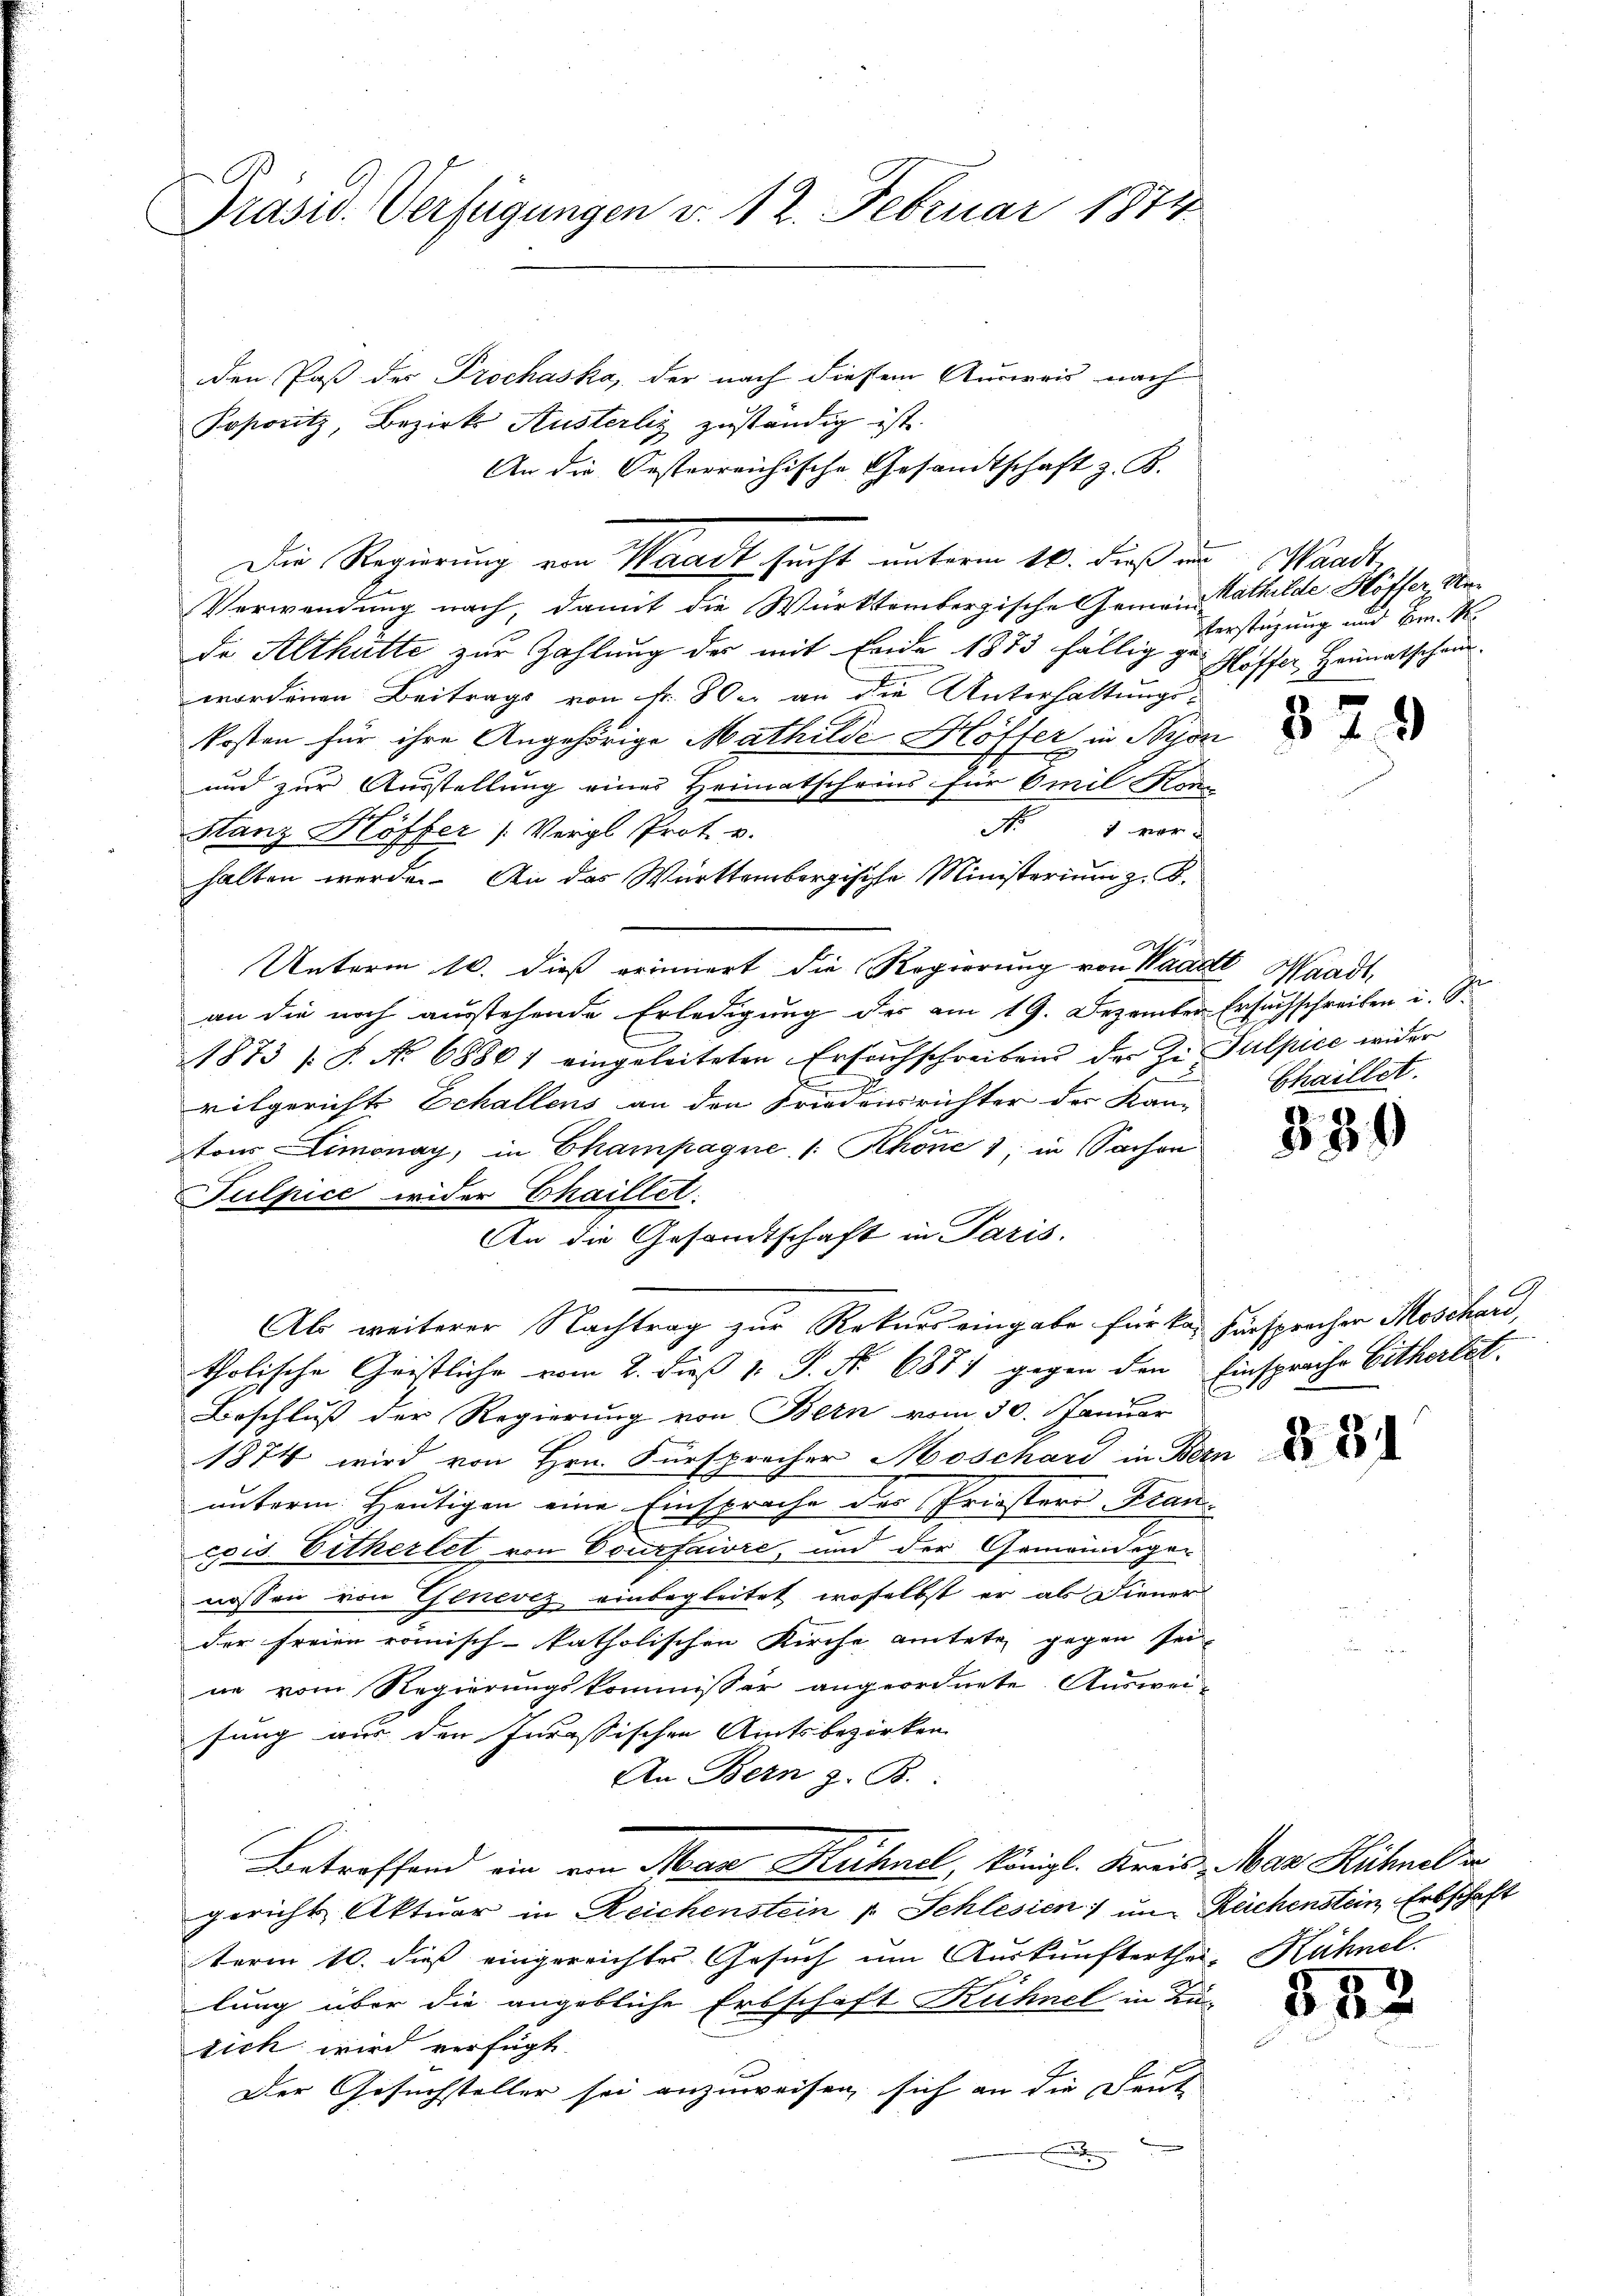
Präsid. Verfügungen v. 12. Februar 1874

den Paß des Prochaska, der nach diesem Ausweis nach
Foponitz, Bezirk Austerliz zuständig ist.
An die Oesterreichische Gesandtschaft z. B.
Die Regierung von Waadt sucht unterm 16. dieß in Waadt,
Verwendung nach, damit die Württembergische Gemein Mathilde Höffer, Mede Althütte zur Zahlung der mit Ende 1873 fällig zu Glöffer Heimatschauswordenen Beitrags von Sr. Her an die Unterhaltungs-
kosten für ihre Angehörige Mathilde Hoffer in Bron
und zur Ausstellung eines Heimatscheins für Emil Koni
1 ver
Stanz Köffer (Vergl. Prot. v.
halten werden. An das Württembergische Ministerium z. B.
Unterm 10. dieß erinnert die Regierung von Waadt, Waadt,
an die noch ausstehende Erledigung des am 19. Dezember Ersuchschreiben i. S.
1873 s. S. No 68861 eingeleiteten Ersuchschreiben der Zi Sulpice wider
vilgerichts Echallens an den Friedensrichter der Kan-
ston Limonay, in Champagne /: Khöne 1, in Sachen
Sulpice wider Chaillet.
An die Gesandtschaft in Paris.
Als weiterer Nachtrag zur Rekurs eingabe für kan Fürsprochen Moschard,
tholische Geistliche vom 2. dieß v. J. N. 6874 gegen den Einsprache Eithertet.
Beschluß der Regierung von Bern vom 30. Januar
1874 wird von Hrn. Fürsprecher Moschard in Bern
unterm heutigen eine Einsprache des Priesters Francxis. Eitherlet von Courfaire, und der Gemeindegenossen von Genevez einbegleitet, woselbst er als Diener
der freien römisch-katholischen Kirche amtete gegen sei-
ne vom Regierungskommissor angeordnete Auswei-
sung aus den Incassischen Amtsbezirken
An Bern z. B.
Betreffend ein von Max Hühnel, königl. Kreis Max Hühnel an
gericht Aktuar in Reichenstein v. Schlesien) um Reichenstein, Erbschaft
term 10. dieß eingereichtes Gesuch um Auskunfterthe, Hühnel.
lung über die angebliche Erbschaft Kühnel in Lu-
sick wird verfügt
Der Gesuchsteller sei anzuweisen, sich an die Deut

Verstüzung und Hr. R.

379

Chaillet.

330

§. 34

51